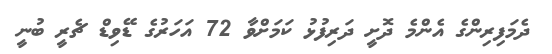
ދެމަފިރިންގެ އެންމެ ދޮށީ ދަރިފުޅު ކަމަށްވާ 72 އަހަރުގެ ޑޭވިޑް ޗެރީ ބުނީ